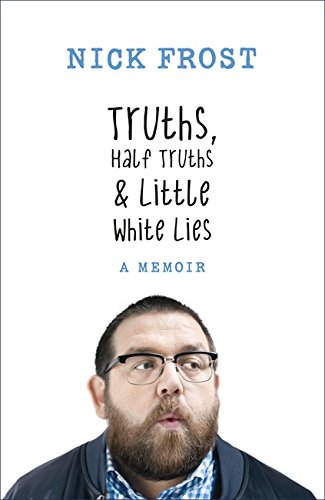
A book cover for Truths, Half Truths and Little White Lies; Nick Frost; Humor & Entertainment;